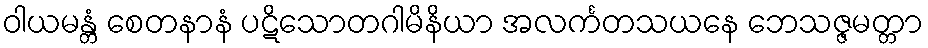
ဝါယမန္တံ စေတနာနံ ပဋိသောတဂါမိနိယာ အလင်္ကတသယနေ ဘေသဇ္ဇမတ္တာ